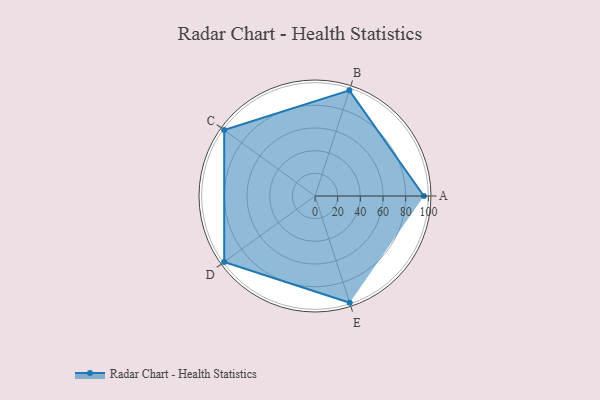
{"axis": {"x": "Skill", "y": "Score"}, "legend": ["Profile"], "data": [{"x": "A", "y": 96.0, "type": "Profile"}, {"x": "B", "y": 98.0, "type": "Profile"}, {"x": "C", "y": 99, "type": "Profile"}, {"x": "D", "y": 99, "type": "Profile"}, {"x": "E", "y": 99, "type": "Profile"}]}